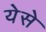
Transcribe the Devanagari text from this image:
येसे